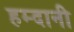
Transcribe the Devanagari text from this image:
हम्दानी